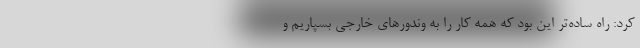
کرد: راه ساده‌تر این بود که همه کار را به وندورهای خارجی بسپاریم و